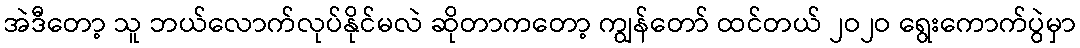
အဲဒီတော့ သူ ဘယ်လောက်လုပ်နိုင်မလဲ ဆိုတာကတော့ ကျွန်တော် ထင်တယ် ၂ဝ၂ဝ ရွေးကောက်ပွဲမှာ